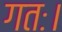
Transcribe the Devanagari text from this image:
गतः।